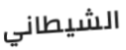
الشيطاني